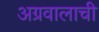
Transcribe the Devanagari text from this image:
अग्रवालाची